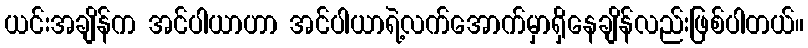
ယင်းအချိန်က အင်ပါယာဟာ အင်ပါယာရဲ့လက်အောက်မှာရှိနေချိန်လည်းဖြစ်ပါတယ်။